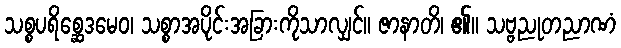
သစ္စပရိစ္ဆေဒမေဝ၊ သစ္စာအပိုင်းအခြားကိုသာလျှင်။ ဇာနာတိ၊ ၏။ သဗ္ဗညုတညာဏံ